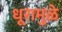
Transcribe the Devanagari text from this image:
धूरामुळे